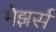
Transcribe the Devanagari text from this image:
मेझर्स